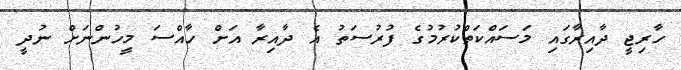
ހާރިޖީ ދާއިރާގައި މަސައްކަތްކުރުމުގެ ފުރުސަތު އެ ދާއިރާ އަށް ހާއްސަ މީހުންނަށް ނުދީ